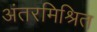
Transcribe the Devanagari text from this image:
अंतरमिश्रित